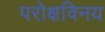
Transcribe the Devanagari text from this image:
परोक्षविनय